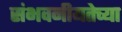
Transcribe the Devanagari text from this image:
संभवनीयतेच्या